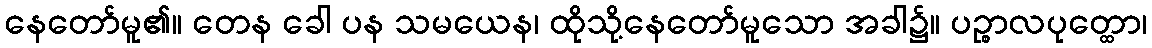
နေတော်မူ၏။ တေန ခေါ ပန သမယေန၊ ထိုသို့နေတော်မူသော အခါ၌။ ပဉ္စာလပုတ္ထော၊